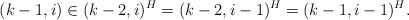
LaTeX: \begin{align*}(k-1,i)\in (k-2,i)^{H}=(k-2,i-1)^{H}=(k-1,i-1)^{H}.\end{align*}